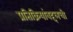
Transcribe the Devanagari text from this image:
प्रतिक्रियांबद्दलची